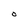
Character: O